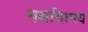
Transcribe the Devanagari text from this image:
मर्यादामय